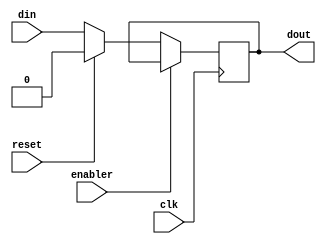
`timescale 1 ns/1 ps
module Dtrigger(
    input  wire din,
    input  wire clk,
    input  wire reset,
    output reg dout,
    input wire enabler
);
always @(posedge clk) begin
    if (enabler==1'b1) begin
        
    end else begin
        if(reset==1'b1)begin
            dout<=1'b0;
        end else begin
            dout<=din;
        end
    end

end

endmodule // Dtriggerinput  wire din,
module exp3_td;
    reg clk;
    reg d;
    wire out;
    reg r;
    reg g;
    Dtrigger test(d,clk,r,out,g);
    
    initial begin
        $dumpfile("exp3_td.vcd");
        $dumpvars(0,exp3_td);
    end
    initial begin
        clk = 0;
        repeat(20)begin
            #1 clk=0;
            #1 clk=1;
        end
    end
    initial begin
        repeat(10)begin
            #3 d=0;
            #3 d=1;
        end
    end
    initial begin
        g=1; r=1; d=0;
        #10 g=0; r =1;
        #5 r =0;
    end

endmodule